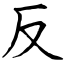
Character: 反